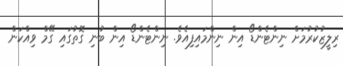
ރިލީޒުކުރުމަށް ނިންޓެންޑޯ އިން ނިންމައިފިއެވެ. ނިންޓެންޑޯ އިން ބުނި ގޮތުގައި ގޭމް ވިއްކަން